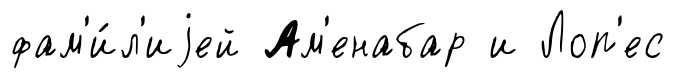
фам'и́л'иjей Ам'енабар и Лоп'ес